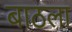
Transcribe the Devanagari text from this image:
बाठला